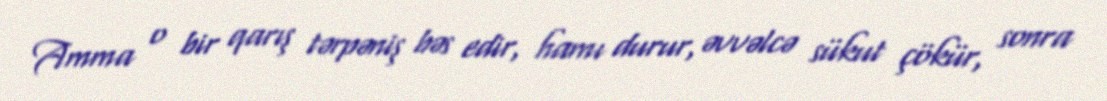
Amma o bir qarış tərpəniş bəs edir, hamı durur, əvvəlcə sükut çökür, sonra